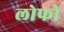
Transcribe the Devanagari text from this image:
लोफो